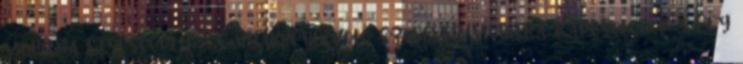
mobilra Elsősegély- és nyakkendőkötő szoftver mobilra Kapcsolódók 3 Egy